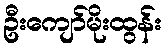
ဦးကျော်မိုးထွန်း